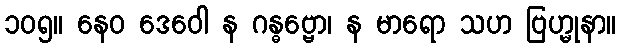
၁၀၅။ နေဝ ဒေဝေါ န ဂန္ဓဗ္ဗော၊ န မာရော သဟ ဗြဟ္မုနာ။